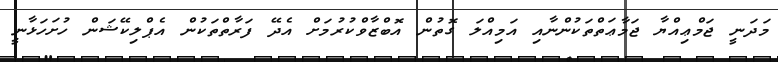
މަދަނީ ޖަމްޢިއްޔާ ޖަމާޢަތްތަކުންނާއި އަމިއްލަ ގޮތުން އޮބްޒާވްކުރުމަށް އެދޭ ފަރާތްތަކުން އެޕްލިކޭޝަން ހުށަހަޅާނީ